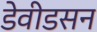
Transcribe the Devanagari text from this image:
डेवीडसन